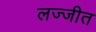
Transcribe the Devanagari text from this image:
लज्जीत